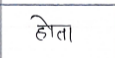
मजकूर: होता